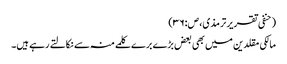
(حنفی تقریر ترمذی،ص:۳۶)
مالکی مقلدین میں بھی بعض بڑے برے کلمے منہ سے نکالتے رہے ہیں۔